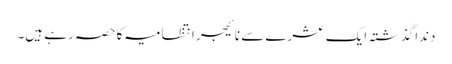
دندا گذشتہ ایک عشرے سے نائیجر انتظامیہ کا حصہ رہے ہیں۔